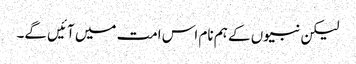
لیکن نبیوں کے ہم نام اس امت میں آئیں گے۔